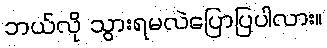
ဘယ်လို သွားရမလဲပြောပြပါလား။